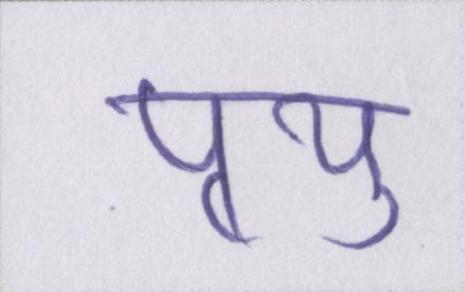
पृथु